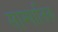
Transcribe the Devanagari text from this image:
साम्पातिक